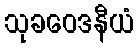
သုခဝေဒနီယံ